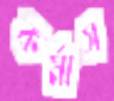
কর্মাস